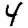
Digit: 4